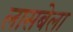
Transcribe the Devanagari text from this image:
लासबेला